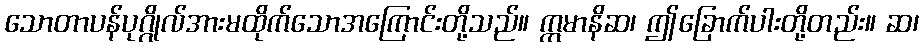
သောတာပန်ပုဂ္ဂိုလ်အားမထိုက်သောအကြောင်းတို့သည်။ ဣမာနိဆ၊ ဤခြောက်ပါးတို့တည်း။ ဆ၊